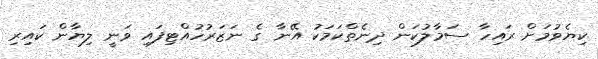
ކިޔެވުމަށް ރައިހާ ސަމާލުކަން ދިނެތްކަމަކު އޭނާ ގެ ނަޒަރުހުއްޓިފައި ވަނީ ލިޔާން ކައިރި